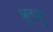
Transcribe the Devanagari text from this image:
श्रुतायु